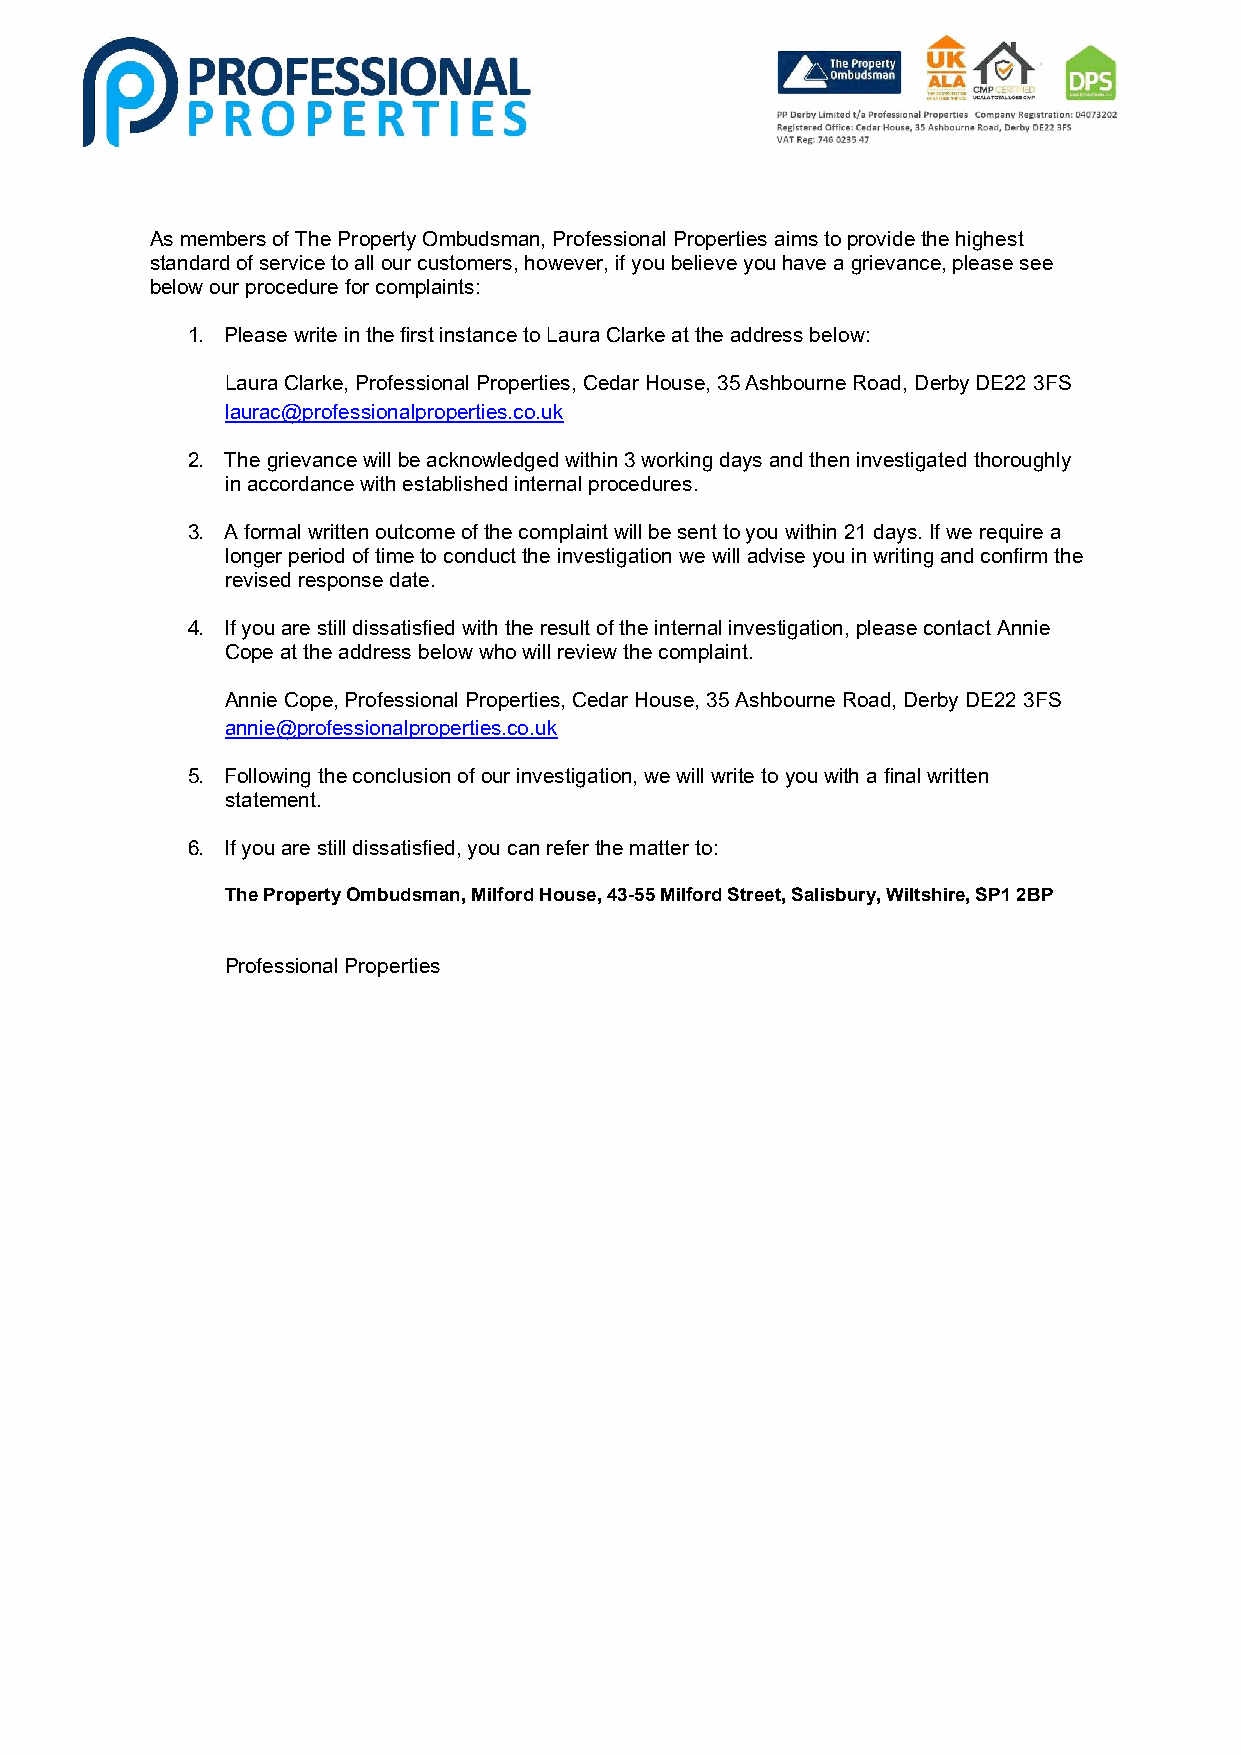
As members of The Property Ombudsman, Professional Properties aims to provide the highest
 standard of service to all our customers, however, if you believe you have a grievance, please see
 below our procedure for complaints:
 1. Please write in the first instance to Laura Clarke at the address below:
 Laura Clarke, Professional Properties, Cedar House, 35 Ashbourne Road, Derby DE22 3FS
 laurac@professionalproperties.co.uk
 2. The grievance will be acknowledged within 3 working days and then investigated thoroughly
 in accordance with established internal procedures.
 3. A formal written outcome of the complaint will be sent to you within 21 days. If we require a
 longer period of time to conduct the investigation we will advise you in writing and confirm the
 revised response date.
 4. If you are still dissatisfied with the result of the internal investigation, please contact Annie
 Cope at the address below who will review the complaint.
 Annie Cope, Professional Properties, Cedar House, 35 Ashbourne Road, Derby DE22 3FS
 annie@professionalproperties.co.uk
 5. Following the conclusion of our investigation, we will write to you with a final written
 statement.
 6. If you are still dissatisfied, you can refer the matter to:
 The Property Ombudsman, Milford House, 43-55 Milford Street, Salisbury, Wiltshire, SP1 2BP
 Professional Properties